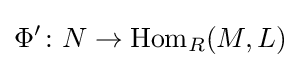
\Phi '\colon N\to \operatorname {Hom} _{R}(M,L)